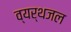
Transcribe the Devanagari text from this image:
व्यर्थजल